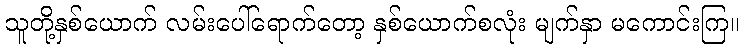
သူတို့နှစ်ယောက် လမ်းပေါ်ရောက်တော့ နှစ်ယောက်စလုံး မျက်နှာ မကောင်းကြ။